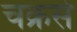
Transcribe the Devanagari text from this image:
चक्रसे